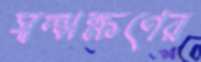
স্বল্পক্ষণের